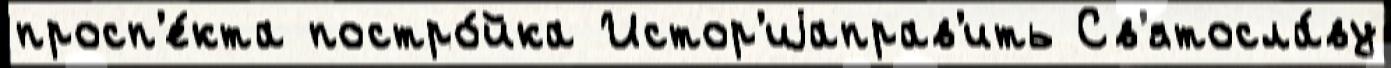
просп'е́кта постро́йка Истор'иjаправ'ить Св'ятосла́ву